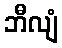
ဘီလျံ